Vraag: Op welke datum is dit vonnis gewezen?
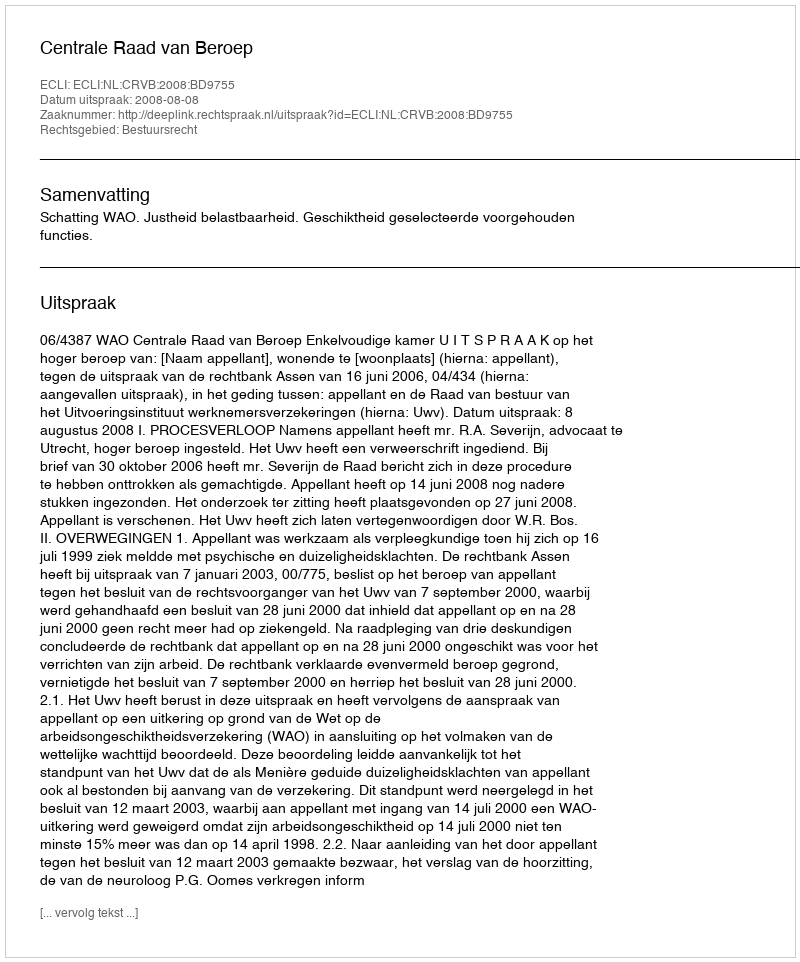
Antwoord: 2008-08-08